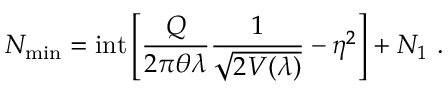
N _ { \mathrm { m i n } } = \mathrm { i n t } \left[ \frac { Q } { 2 \pi \theta \lambda } \frac { 1 } { \sqrt { 2 V ( \lambda ) } } - \eta ^ { 2 } \right] + N _ { 1 } ~ .